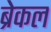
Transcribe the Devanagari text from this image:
ब्रेकल